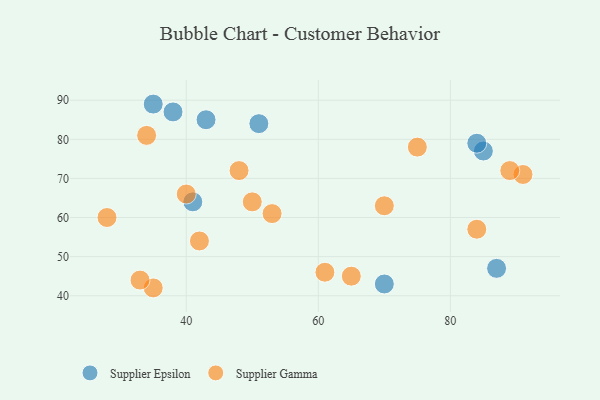
{"axis": {"x": "GDP", "y": "Life Expectancy"}, "legend": ["Supplier Epsilon", "Supplier Gamma"], "data": [{"x": "41", "y": 64, "type": "Supplier Epsilon"}, {"x": "35", "y": 89, "type": "Supplier Epsilon"}, {"x": "43", "y": 85, "type": "Supplier Epsilon"}, {"x": "85", "y": 77, "type": "Supplier Epsilon"}, {"x": "84", "y": 79, "type": "Supplier Epsilon"}, {"x": "70", "y": 43, "type": "Supplier Epsilon"}, {"x": "87", "y": 47, "type": "Supplier Epsilon"}, {"x": "38", "y": 87, "type": "Supplier Epsilon"}, {"x": "51", "y": 84, "type": "Supplier Epsilon"}, {"x": "35", "y": 42, "type": "Supplier Gamma"}, {"x": "70", "y": 63, "type": "Supplier Gamma"}, {"x": "84", "y": 57, "type": "Supplier Gamma"}, {"x": "91", "y": 71, "type": "Supplier Gamma"}, {"x": "42", "y": 54, "type": "Supplier Gamma"}, {"x": "33", "y": 44, "type": "Supplier Gamma"}, {"x": "61", "y": 46, "type": "Supplier Gamma"}, {"x": "50", "y": 64, "type": "Supplier Gamma"}, {"x": "34", "y": 81, "type": "Supplier Gamma"}, {"x": "40", "y": 66, "type": "Supplier Gamma"}, {"x": "53", "y": 61, "type": "Supplier Gamma"}, {"x": "89", "y": 72, "type": "Supplier Gamma"}, {"x": "28", "y": 60, "type": "Supplier Gamma"}, {"x": "75", "y": 78, "type": "Supplier Gamma"}, {"x": "65", "y": 45, "type": "Supplier Gamma"}, {"x": "48", "y": 72, "type": "Supplier Gamma"}]}